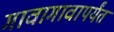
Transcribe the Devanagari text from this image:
गावागावापर्यंत